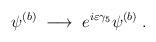
LaTeX: \begin{align*}\psi^{(b)} \; \longrightarrow \; e^{i \varepsilon \gamma_5}\psi^{(b)} \; .\end{align*}